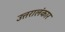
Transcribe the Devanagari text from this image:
उत्तरालंकार